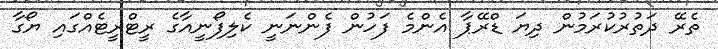
ތެރޭ ދަތުރުކުރަމުން ދިޔަ ޑްރޭޕާ އެންމެ ފަހުން ފެންނަނީ ކެލިފޯނީއާގެ ރީޓްރީޓެއްގައި ޔޯގާ